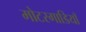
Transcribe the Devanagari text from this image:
मोटरगाडियाँ